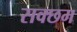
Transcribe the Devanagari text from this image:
सक्छम